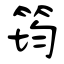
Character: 筠